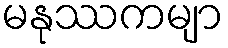
မနုဿကမျာ